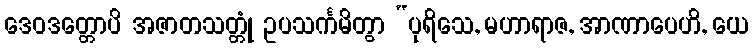
ဒေဝဒတ္တောပိ အဇာတသတ္တုံ ဥပသင်္ကမိတွာ “ပုရိသေ, မဟာရာဇ, အာဏာပေဟိ, ယေ